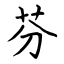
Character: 芬